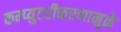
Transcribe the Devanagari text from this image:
कम्प्युटरीकरणामुळे